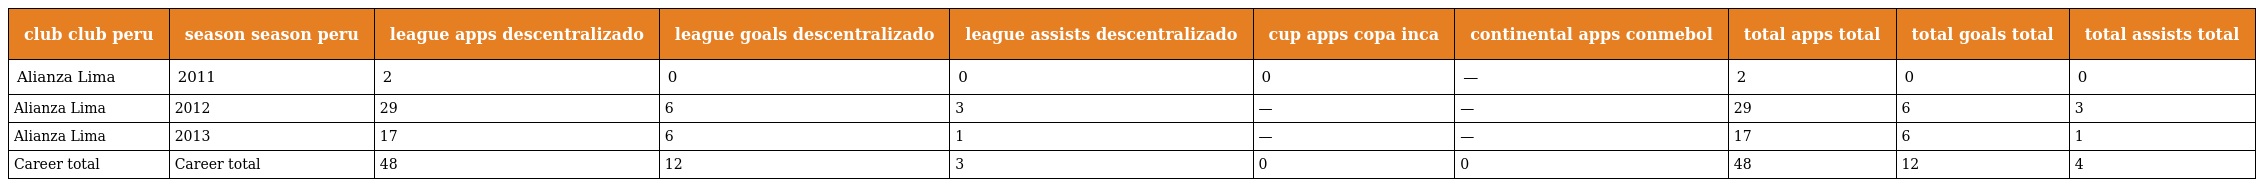
| club club peru | season season peru | league apps descentralizado | league goals descentralizado | league assists descentralizado | cup apps copa inca | continental apps conmebol | total apps total | total goals total | total assists total |
 | --- | --- | --- | --- | --- | --- | --- | --- | --- | --- |
 | Alianza Lima | 2011 | 2 | 0 | 0 | 0 | — | 2 | 0 | 0 |
 | Alianza Lima | 2012 | 29 | 6 | 3 | — | — | 29 | 6 | 3 |
 | Alianza Lima | 2013 | 17 | 6 | 1 | — | — | 17 | 6 | 1 |
 | Career total | Career total | 48 | 12 | 3 | 0 | 0 | 48 | 12 | 4 |